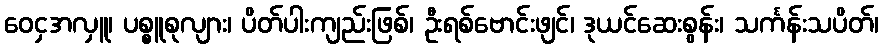
ဝေငှအလှူ၊ ပစ္စူစုလျား၊ ပိတ်ပါးကျည်းဖြစ်၊ ဦးရစ်ဗောင်းဖျင်၊ ဒုယင်ဆေးစွန်း၊ သင်္ကန်းသပိတ်၊